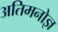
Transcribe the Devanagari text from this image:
अतिमनोज्ञ